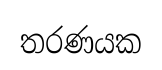
තරණයක